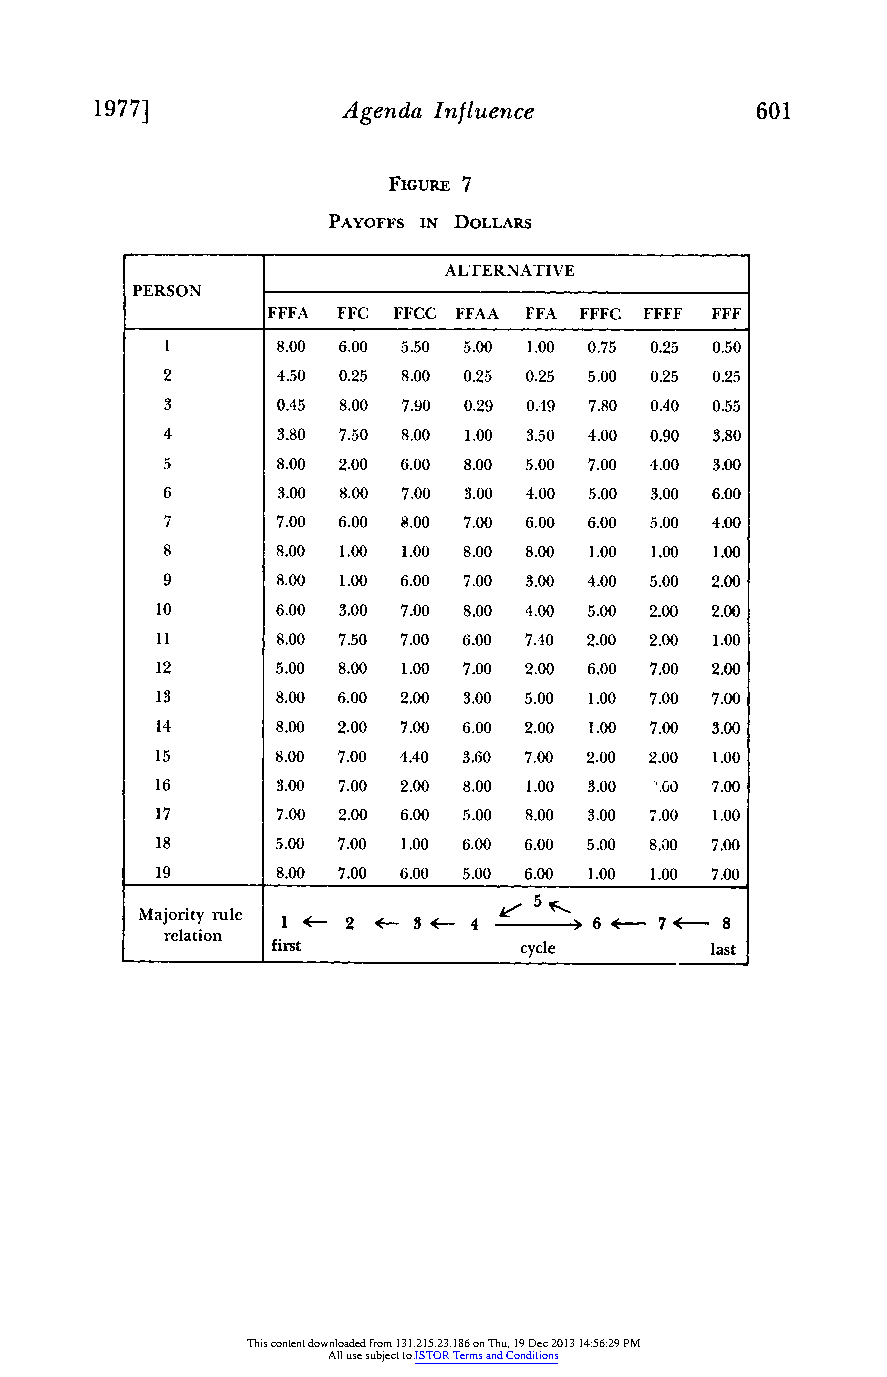
1977]            Agenda Influence           601
 FIGURE 7
 PAYOFFS IN DOLLARS
 ALTERNATIVE
 PERSON
 FFFA FFC FFCC FFAA FFA FFFC FFFF FFF
 1      8.00 6.00 5.50 5.00 1.00 0.75 0.25 0.50
 2      4.50 0.25 8.00 0.25 0.25 5.00 0.25 0.25
 3      0.45 8.00 7.90 0.29 0.49 7.80 0.40 0.55
 4      3.80 7.50 8.00 1.00 3.50 4.00 0.90 3.80
 5      8.00 2.00 6.00 8.00 5.00 7.00 4.00 3.00
 6      3.00 8.00 7.00 3.00 4.00 5.00 3.00 6.00
 7      7.00 6.00 8.00 7.00 6.00 6.00 5.00 4.00
 8      8.00 1.00 1.00 8.00 8.00 1.00 1.00 1.00
 9      8.00 1.00 6.00 7.00 3.00 4.00 5.00 2.00
 10      6.00 3.00 7.00 8.00 4.00 5.00 2.00 2.00
 11      8.00 7.50 7.00 6.00 7.40 2.00 2.00 1.00
 12      5.00 8.00 1.00 7.00 2.00 6.00 7.00 2.00
 13      8.00 6.00 2.00 3.00 5.00 1.00 7.00 7.00
 14      8.00 2.00 7.00 6.00 2.00 1.00 7.00 3.00
 15      8.00 7.00 4.40 3.60 7.00 2.00 2.00 1.00
 16      3.00 7.00 2.00 8.00 1.00 3.00 .00 7.00
 17      7.00 2.00 6.00 5.00 8.00 3.00 7.00 1.00
 18      5.00 7.00 1.00 6 00 6.00 5.00 8.00 7.00
 19      8.00 7.00 6.00 5.00 6.00 1.00 1.00 7.00
 Majority rule 1 3 2   4           6 7*- 8
 relation first         cycle        last
 This content downloaded from 131.215.23.186 on Thu, 19 Dec 2013 14:56:29 PM
 All use subject to JSTOR Terms and Conditions